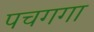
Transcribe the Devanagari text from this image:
पचगगा